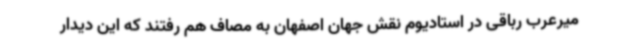
میرعرب رباقی در استادیوم نقش جهان اصفهان به مصاف هم رفتند که این دیدار